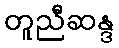
တူညီဆန္ဒ